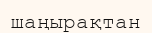
шаңырақтан